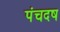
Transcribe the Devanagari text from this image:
पंचदष